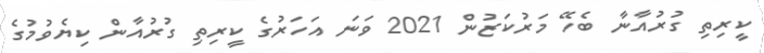
ކީރިތި ގުރުއާނާ ބެހޭ މަރުކަޒުން 2021 ވަނަ އަހަރުގެ ކީރިތި ގުރުއާން ކިޔެވުމުގެ